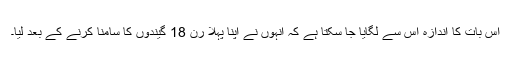
اس بات کا اندازہ اس سے لگایا جا سکتا ہے کہ انہوں نے اپنا پہلا رن 18 گیندوں کا سامنا کرنے کے بعد لیا۔